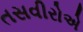
તસવીરોએ